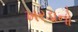
ખરડાનો